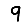
Digit: 9